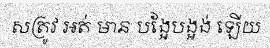
សត្រូវ អត់ មាន បង្អែបង្អង់ ឡើយ